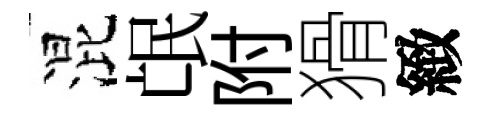
混氓附猾緻